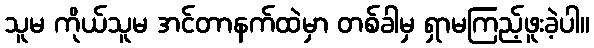
သူမ ကိုယ်သူမ အင်တာနက်ထဲမှာ တစ်ခါမှ ရှာမကြည့်ဖူးခဲ့ပါ။